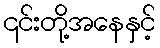
၎င်းတို့အနေနှင့်